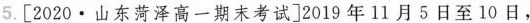
5.[2020\cdot 山东菏泽高一期末考试]2019年11月5日至10日，